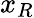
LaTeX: x_{R}